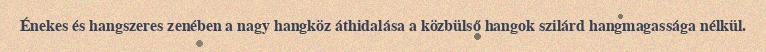
Énekes és hangszeres zenében a nagy hangköz áthidalása a közbülső hangok szilárd hangmagassága nélkül.